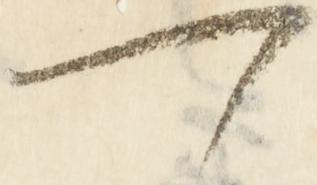
一